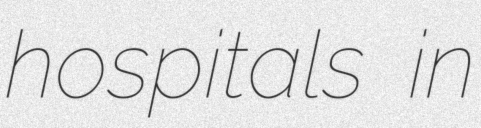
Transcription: hospitals in